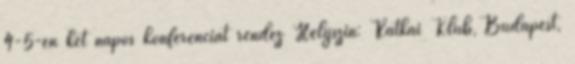
4-5-én két napos konferenciát rendez Helyszín: Rátkai Klub, Budapest,